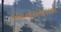
એચએસએલની